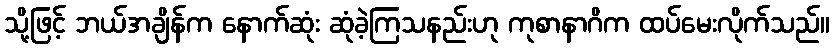
သို့ဖြင့် ဘယ်အချိန်က နောက်ဆုံး ဆုံခဲ့ကြသနည်းဟု ကုစာနာဂိက ထပ်မေးလိုက်သည်။